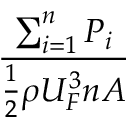
\frac { \sum _ { i = 1 } ^ { n } P _ { i } } { \frac { 1 } { 2 } \rho U _ { F } ^ { 3 } n A }